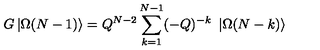
G \left| \Omega ( N - 1 ) \right\rangle = Q ^ { N - 2 } \sum _ { k = 1 } ^ { N - 1 } ( - Q ) ^ { - k } \ \left| \Omega ( N - k ) \right\rangle